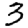
Digit: 3